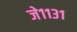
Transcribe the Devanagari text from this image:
जे११३१